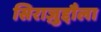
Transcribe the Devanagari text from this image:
सिराज़ुद्दौला